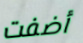
أضفت